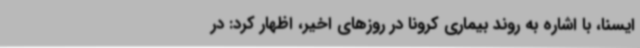
ایسنا، با اشاره به روند بیماری کرونا در روزهای اخیر، اظهار کرد: در